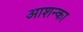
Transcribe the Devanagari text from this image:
आशन्का